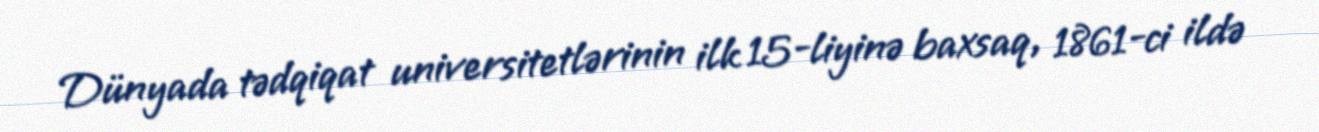
Dünyada tədqiqat universitetlərinin ilk 15-liyinə baxsaq, 1861-ci ildə